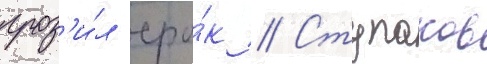
гроз'и́л сро́к // Ступаков